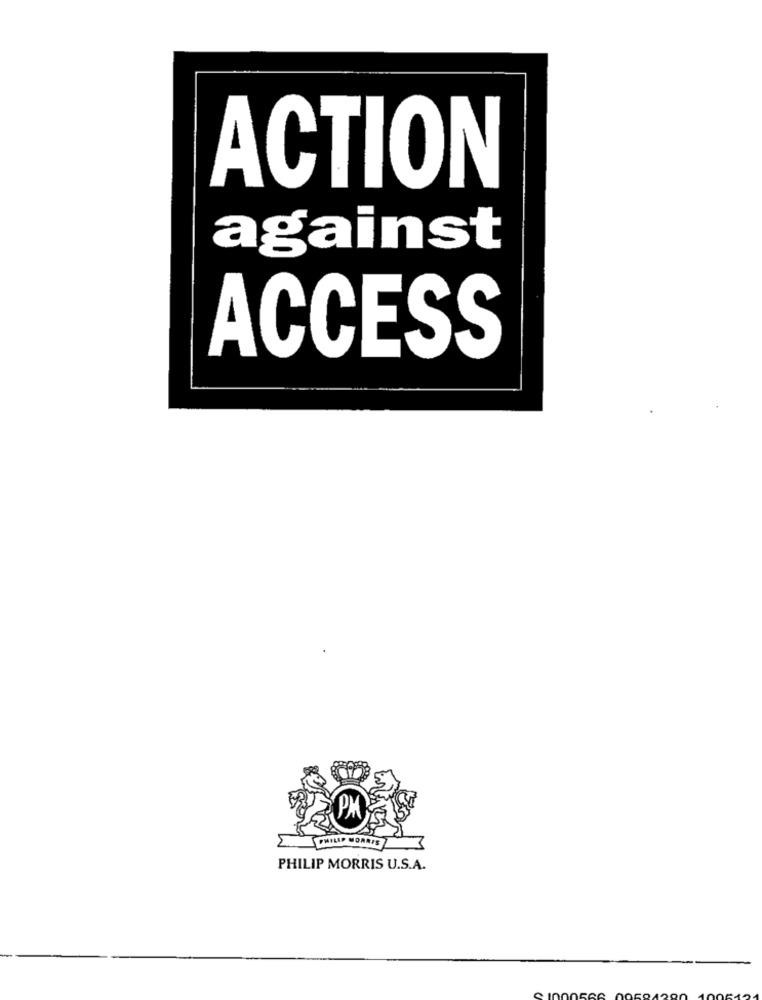
ACTION
against
ACCESS
PM
PHILIP MORRIS
PHILIP MORRIS U.S.A.